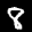
Label: 8